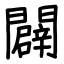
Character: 闢